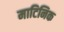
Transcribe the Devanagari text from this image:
माटिनिक